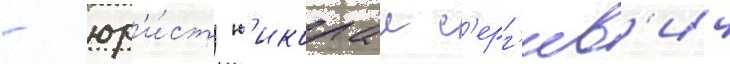
- юр'и́ст н'иколаи с'ерг'еев'ич